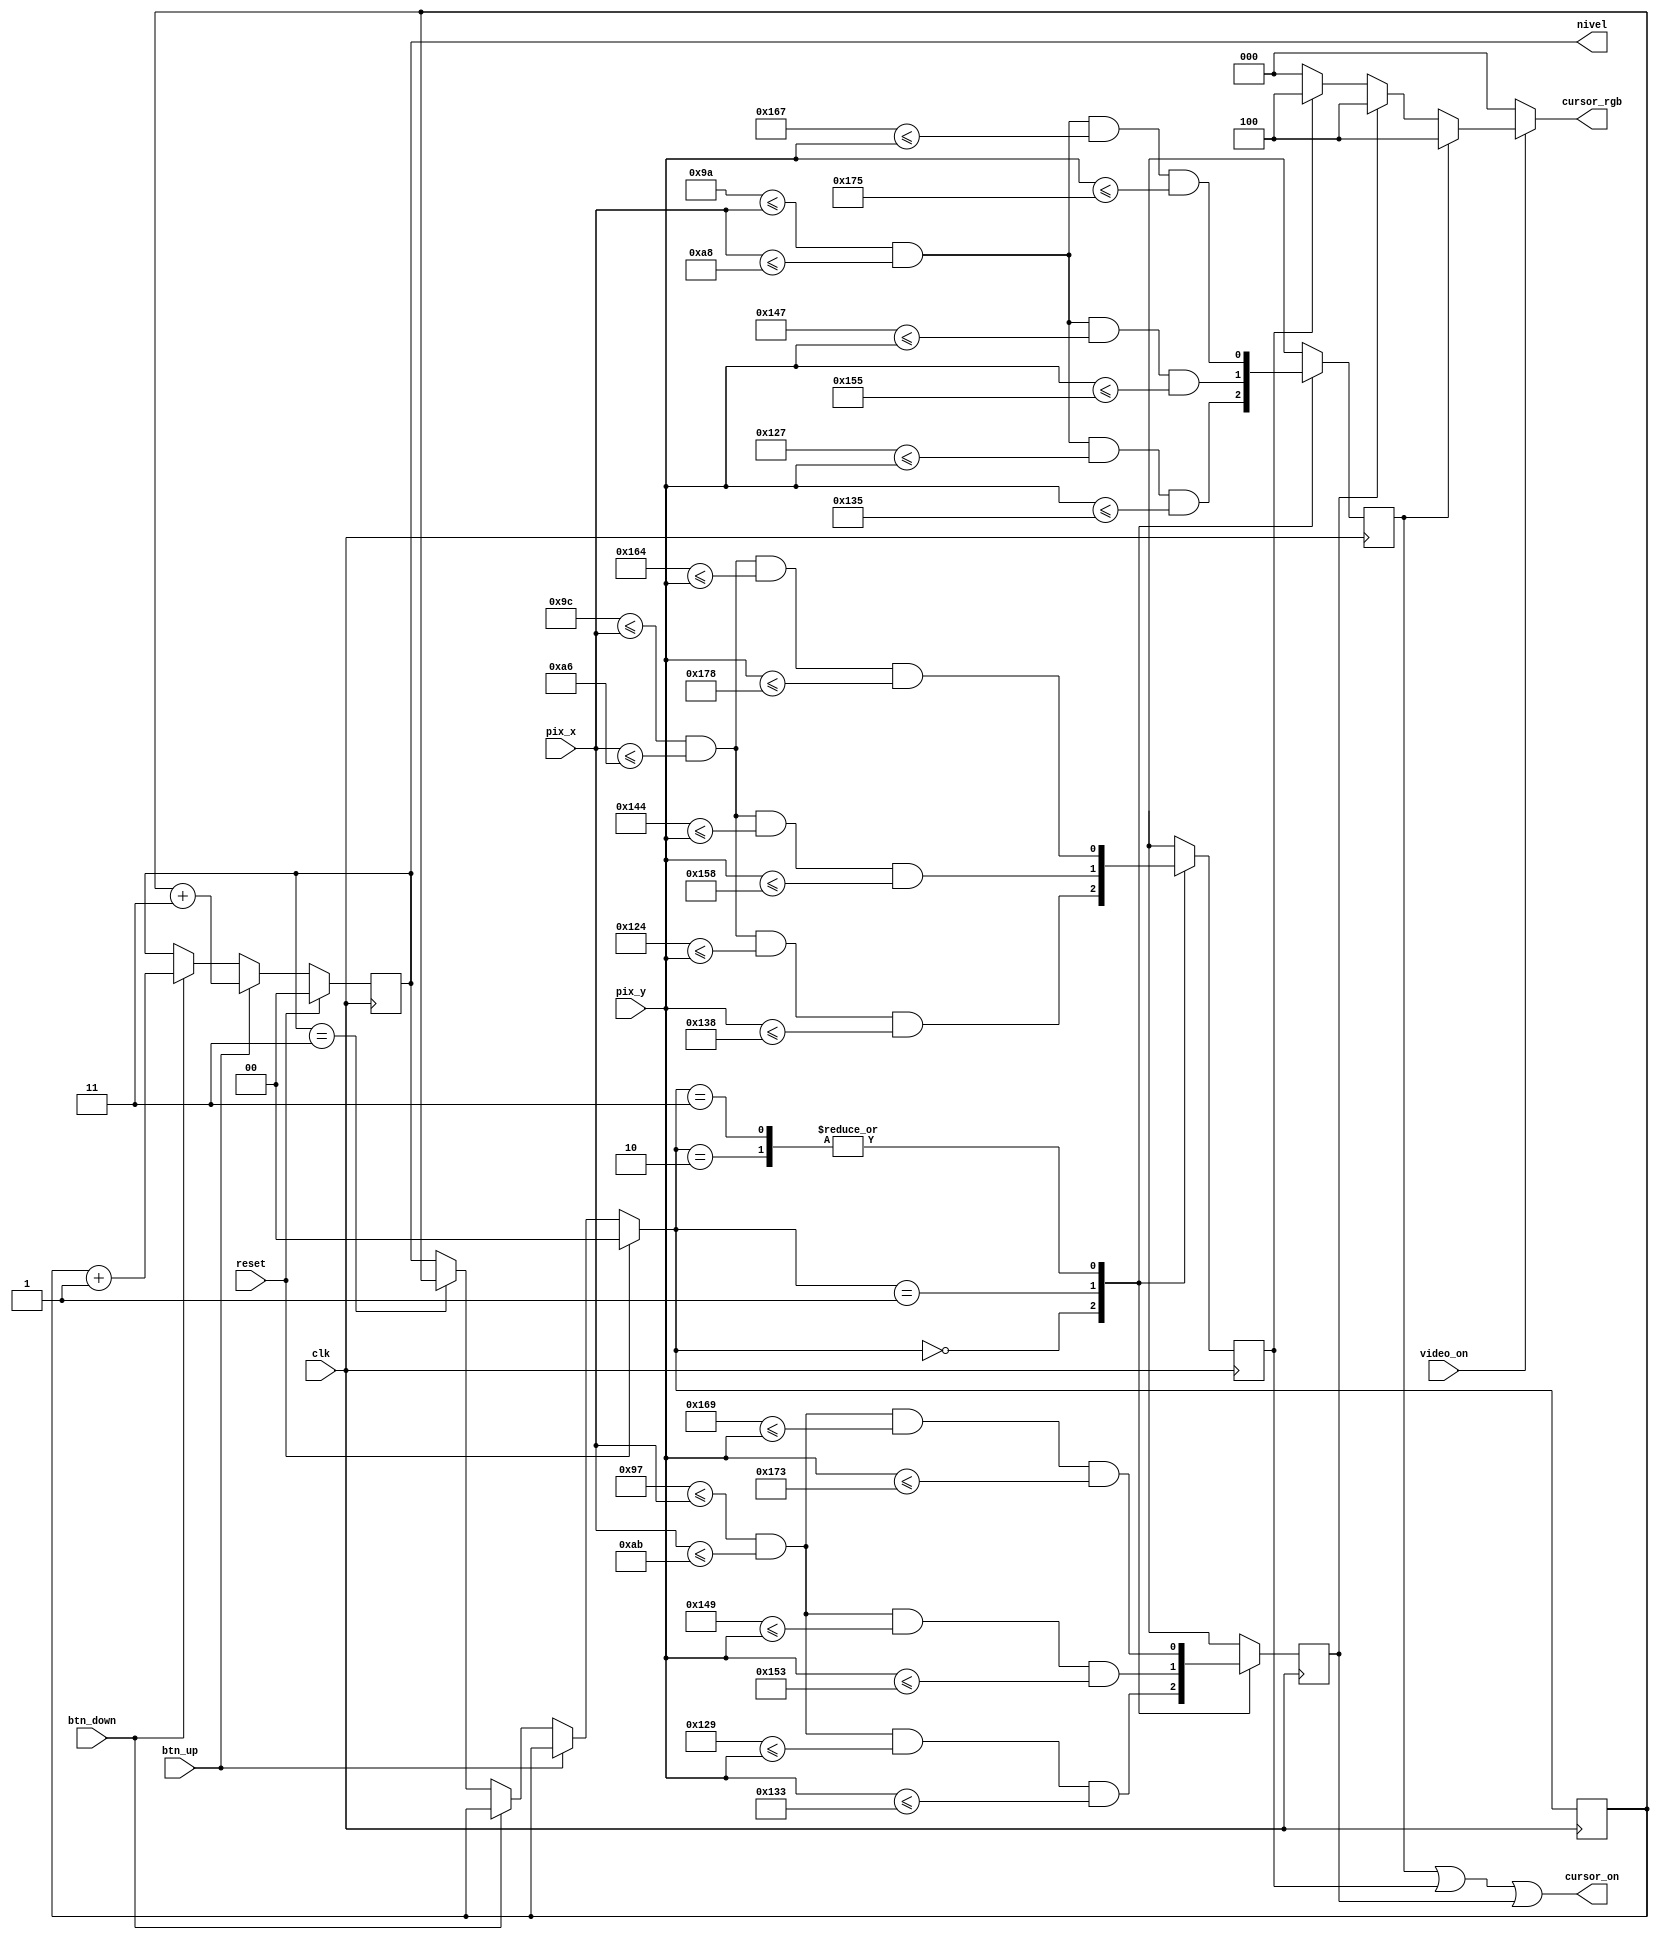
`timescale 1ns / 1ps
//////////////////////////////////////////////////////////////////////////////////
// Company: 
// 
// Design Name: 
// Module Name: lvl_sel_cursor
// Project Name: 
// Target Devices: 
// Tool Versions: 
// Description: 
// 
// Dependencies: 
// 
// Revision:
// Revision 0.01 - File Created
// Additional Comments:
// 
//////////////////////////////////////////////////////////////////////////////////
module lvl_sel_cursor(
    input wire video_on,
    input wire clk,
    input wire reset,
    //input wire [1:0] control,
    input wire btn_up, btn_down,
    input wire [9:0] pix_x, pix_y,
    output reg [2:0] cursor_rgb,
    output wire cursor_on,
    output wire [1:0] nivel
    );
    
    localparam [1:0]
        first = 2'b00,
        second = 2'b01,
        third = 2'b10,
        extra = 2'b11;
  //--------------------------------------------        
    localparam centro_x0 = 161;
    localparam centro_y0 = 302;   
   //--------------------------------------------
   localparam left_BAR_X_L0 = centro_x0 - 5;
   localparam left_BAR_X_R0 = centro_x0 + 5;
   localparam left_BAR_Y_T0 = centro_y0 - 10; 
   localparam left_BAR_Y_B0 = centro_y0 + 10;
   //--------------------------------------------
   localparam right_BAR_X_L0 = centro_x0 - 10;
   localparam right_BAR_X_R0 = centro_x0 + 10;
   localparam right_BAR_Y_T0 = centro_y0 - 5; 
   localparam right_BAR_Y_B0 = centro_y0 + 5;
   //--------------------------------------------
   localparam top_BAR_X_L0 = centro_x0 - 7;
   localparam top_BAR_X_R0 = centro_x0 + 7;
   localparam top_BAR_Y_T0 = centro_y0 - 7; 
   localparam top_BAR_Y_B0 = centro_y0 + 7;
   //--------------------------------------------
  //--------------------------------------------        
     localparam centro_x1 = 161;
     localparam centro_y1 = 334;   
    //--------------------------------------------
    localparam left_BAR_X_L1 = centro_x1 - 5;
    localparam left_BAR_X_R1 = centro_x1 + 5;
    localparam left_BAR_Y_T1 = centro_y1 - 10; 
    localparam left_BAR_Y_B1 = centro_y1 + 10;
    //--------------------------------------------
    localparam right_BAR_X_L1 = centro_x1 - 10;
    localparam right_BAR_X_R1 = centro_x1 + 10;
    localparam right_BAR_Y_T1 = centro_y1 - 5; 
    localparam right_BAR_Y_B1 = centro_y1 + 5;
    //--------------------------------------------
    localparam top_BAR_X_L1 = centro_x1 - 7;
    localparam top_BAR_X_R1 = centro_x1 + 7;
    localparam top_BAR_Y_T1 = centro_y1 - 7; 
    localparam top_BAR_Y_B1 = centro_y1 + 7;
    //--------------------------------------------
  //--------------------------------------------        
      localparam centro_x2 = 161;
      localparam centro_y2 = 366;   
     //--------------------------------------------
     localparam left_BAR_X_L2 = centro_x2 - 5;
     localparam left_BAR_X_R2 = centro_x2 + 5;
     localparam left_BAR_Y_T2 = centro_y2 - 10; 
     localparam left_BAR_Y_B2 = centro_y2 + 10;
     //--------------------------------------------
     localparam right_BAR_X_L2 = centro_x2 - 10;
     localparam right_BAR_X_R2 = centro_x2 + 10;
     localparam right_BAR_Y_T2 = centro_y2 - 5; 
     localparam right_BAR_Y_B2 = centro_y2 + 5;
     //--------------------------------------------
     localparam top_BAR_X_L2 = centro_x2 - 7;
     localparam top_BAR_X_R2 = centro_x2 + 7;
     localparam top_BAR_Y_T2 = centro_y2 - 7; 
     localparam top_BAR_Y_B2 = centro_y2 + 7;
     //--------------------------------------------
    reg right_bar_on, left_bar_on, top_bar_on;
    reg [1:0] presente = 2'b00;
    reg [1:0] futuro;
    
    always @(posedge clk)
    begin
        if (reset)
            begin
           futuro = 2'b00;
           presente = 2'b00;
           end
        else if (btn_up)
            futuro <= presente + 3;
        else if (btn_down)
            futuro <= presente + 1;
        else if (futuro == 2'b11)
            begin
            if (btn_up)
                futuro = 2'b10;
            else if (btn_down)
                futuro = 2'b00;
            end
            
        else
            presente <= futuro;
            
    //always @*
     //begin
         case(presente)
             first:           
                 begin
                     top_bar_on = (top_BAR_X_L0<=pix_x) && (pix_x<=top_BAR_X_R0) && (top_BAR_Y_T0<=pix_y) && (pix_y<=top_BAR_Y_B0);
                     left_bar_on = (left_BAR_X_L0<=pix_x) && (pix_x<=left_BAR_X_R0) && (left_BAR_Y_T0<=pix_y) && (pix_y<=left_BAR_Y_B0);
                     right_bar_on = (right_BAR_X_L0<=pix_x) && (pix_x<=right_BAR_X_R0) && (right_BAR_Y_T0<=pix_y) && (pix_y<=right_BAR_Y_B0);

                 end
             second:
                 begin
                     top_bar_on = (top_BAR_X_L1<=pix_x) && (pix_x<=top_BAR_X_R1) && (top_BAR_Y_T1<=pix_y) && (pix_y<=top_BAR_Y_B1);
                     left_bar_on = (left_BAR_X_L1<=pix_x) && (pix_x<=left_BAR_X_R1) && (left_BAR_Y_T1<=pix_y) && (pix_y<=left_BAR_Y_B1);
                     right_bar_on = (right_BAR_X_L1<=pix_x) && (pix_x<=right_BAR_X_R1) && (right_BAR_Y_T1<=pix_y) && (pix_y<=right_BAR_Y_B1);

                 end
             third:
                 begin
                     top_bar_on = (top_BAR_X_L2<=pix_x) && (pix_x<=top_BAR_X_R2) && (top_BAR_Y_T2<=pix_y) && (pix_y<=top_BAR_Y_B2);
                     left_bar_on = (left_BAR_X_L2<=pix_x) && (pix_x<=left_BAR_X_R2) && (left_BAR_Y_T2<=pix_y) && (pix_y<=left_BAR_Y_B2);
                     right_bar_on = (right_BAR_X_L2<=pix_x) && (pix_x<=right_BAR_X_R2) && (right_BAR_Y_T2<=pix_y) && (pix_y<=right_BAR_Y_B2);

                 end
             extra:           
                 begin
                    top_bar_on = (top_BAR_X_L2<=pix_x) && (pix_x<=top_BAR_X_R2) && (top_BAR_Y_T2<=pix_y) && (pix_y<=top_BAR_Y_B2);
                    left_bar_on = (left_BAR_X_L2<=pix_x) && (pix_x<=left_BAR_X_R2) && (left_BAR_Y_T2<=pix_y) && (pix_y<=left_BAR_Y_B2);
                    right_bar_on = (right_BAR_X_L2<=pix_x) && (pix_x<=right_BAR_X_R2) && (right_BAR_Y_T2<=pix_y) && (pix_y<=right_BAR_Y_B2);

                 end
         endcase
     end 


    //--------------------------------------------
    // rgb multiplexing circuit
    //--------------------------------------------
    assign cursor_on = (top_bar_on)||(left_bar_on)||(right_bar_on);
    assign nivel = futuro;
    
    always @*
      if (~video_on)
         cursor_rgb = 3'b000; 
      else
         if (top_bar_on)
            cursor_rgb = 3'b100;
         else if (right_bar_on)
            cursor_rgb = 3'b100;
         else if (left_bar_on)
            cursor_rgb = 3'b100;
         else
            cursor_rgb = 3'b000; 

endmodule